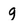
Character: g